Annual report of lunatic asylums [Bombay] - 1912-1922
Year: 1912
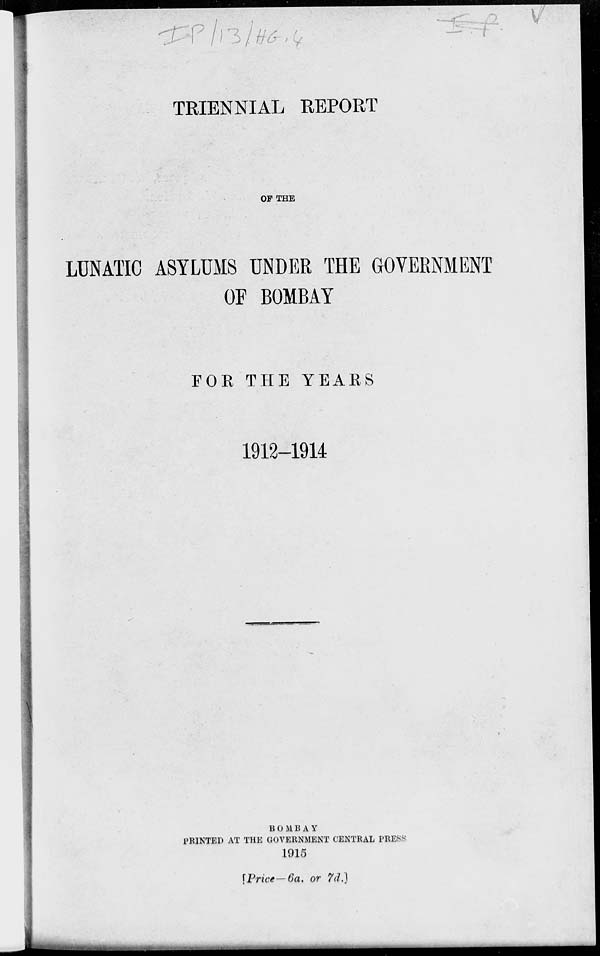
TRIENNIAL REPORT
OF THE
LUNATIC ASYLUMS UNDER THE GOVERNMENT
OF BOMBAY
FOR THE YEARS
1912-1914
BOMBAY
PRINTED AT THE GOVERNMENT CENTRAL PRESS
1915
[Price — 6a. or 7d.]